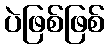
ပဲဖြစ်ဖြစ်